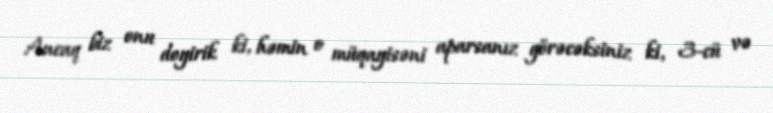
Ancaq biz onu deyirik ki, həmin o müqayisəni aparsanız görəcəksiniz ki, 3-cü və